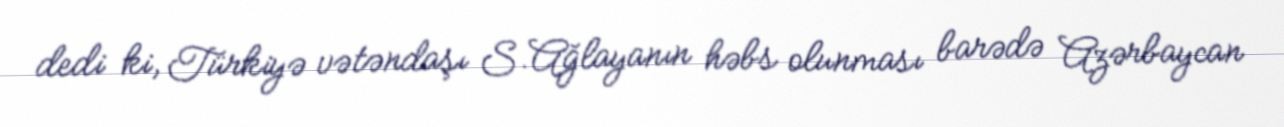
dedi ki, Türkiyə vətəndaşı S.Ağlayanın həbs olunması barədə Azərbaycan